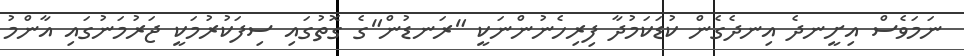
ނަމަވެސް އިށީނދެ އިނދެގެން ކުޑަކަމުދާ ފިރިހެނުންނަކީ "ރަނޑުން"ގެ ގޮތުގައި ސިފަކުރުމަކީ ޖަރުމަނުގައި އާންމު